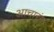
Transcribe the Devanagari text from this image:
आचारंग